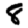
Digit: 8